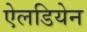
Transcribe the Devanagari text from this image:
ऐलडियेन